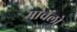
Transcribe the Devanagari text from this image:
मार्चेलो